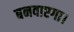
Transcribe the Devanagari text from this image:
बनवाएगा।